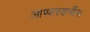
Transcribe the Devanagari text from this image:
आप्पास्‍वामींना